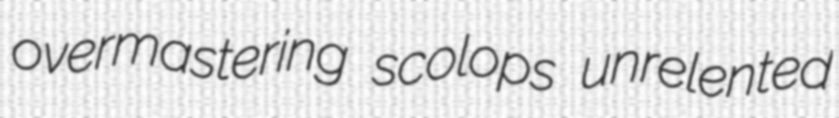
overmastering scolops unrelented